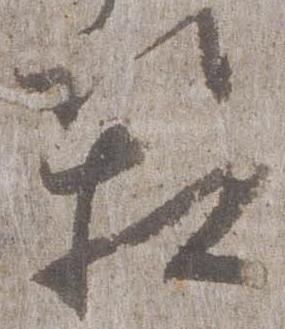
箱